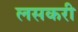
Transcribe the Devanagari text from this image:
लसकरी